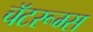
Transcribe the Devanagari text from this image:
चॅटरूम्स